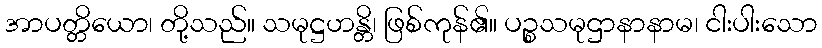
အာပတ္တိယော၊ တို့သည်။ သမုဋ္ဌဟန္တိ၊ ဖြစ်ကုန်၏။ ပဉ္စသမုဌာနာနာမ၊ ငါးပါးသော